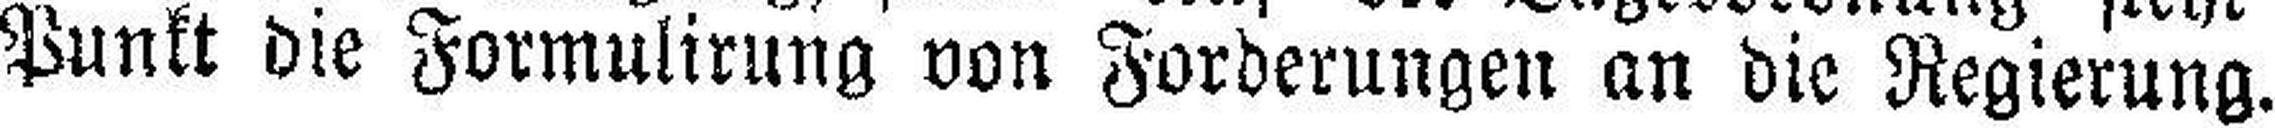
Punkt die Formulirung von Forderungen an die Regierung.